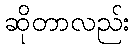
ဆိုတာလည်း